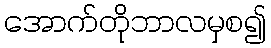
အောက်တိုဘာလမှစ၍